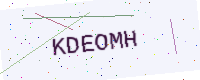
Text: KDEOMH